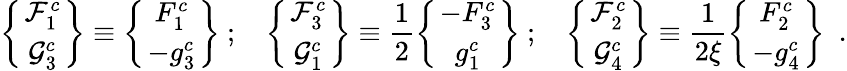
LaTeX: \left\{ {{\cal{F}}_{1}^{c}\atop{\cal{G}}_{3}^{c}}\right\} \equiv\left\{ {F_{1}^{c}\atop{-g_{3}^{c}}}\right\} \ ;\ \ \ \left\{ {{\cal{F}}_{3}^{c}\atop{\cal{G}}_{1}^{c}}\right\} \equiv\frac{1}{2}\left\{ {{-F_{3}^{c}}\atop g_{1}^{c}}\right\} \ ;\ \ \ \left\{ {{\cal{F}}_{2}^{c}\atop{\cal{G}}_{4}^{c}}\right\} \equiv\frac{1}{2\xi}\left\{ {F_{2}^{c}\atop{-g_{4}^{c}}}\right\} \ \ .